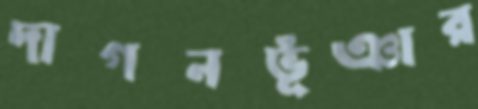
দাগনভূঁঞার